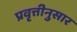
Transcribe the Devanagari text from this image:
प्रवृत्तीनुसार